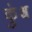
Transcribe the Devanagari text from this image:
कुंश्व